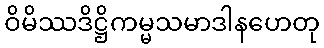
ဝိမိဿဒိဋ္ဌိကမ္မသမာဒါနဟေတု